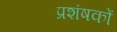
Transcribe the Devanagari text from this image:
प्रशंषकों